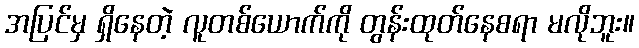
အပြင်မှ ရှိနေတဲ့ လူတစ်ယောက်ကို တွန်းထုတ်နေစရာ မလိုဘူး။